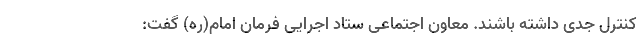
کنترل جدی داشته باشند. معاون اجتماعی ستاد اجرایی فرمان امام(ره) گفت: